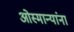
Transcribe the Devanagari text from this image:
ओस्मान्यांना